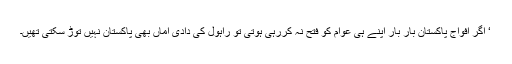
‘ اگر افواج پاکستان بار بار اپنے ہی عوام کو فتح نہ کررہی ہوتی تو راہول کی دادی اماں بھی پاکستان نہیں توڑ سکتی تھیں۔